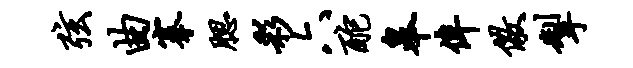
弦曲搴腮彩六酡皋侔儆掣